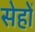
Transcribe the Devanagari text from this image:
सेहों